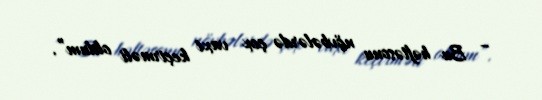
– Bu həftəsonu növbələrdə çox vaxt keçirməli oldum”.